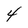
Character: 4